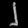
Digit: ၂